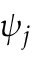
\psi _ { j }